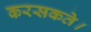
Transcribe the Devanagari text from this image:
करसकते।